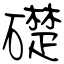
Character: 礎